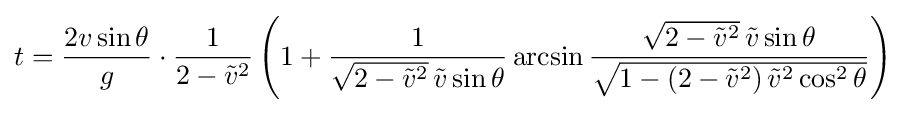
t={\frac {2v\sin \theta }{g}}\cdot {\frac {1}{2-{\tilde {v}}^{2}}}\left(1+{\frac {1}{{\sqrt {2-{\tilde {v}}^{2}}}\,{\tilde {v}}\sin \theta }}\arcsin {\frac {{\sqrt {2-{\tilde {v}}^{2}}}\,{\tilde {v}}\sin \theta }{\sqrt {1-\left(2-{\tilde {v}}^{2}\right){\tilde {v}}^{2}\cos ^{2}\theta }}}\right)